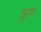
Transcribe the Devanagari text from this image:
कुप्प